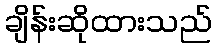
ချိန်းဆိုထားသည်